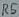
Text: R5